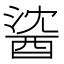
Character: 𲆯